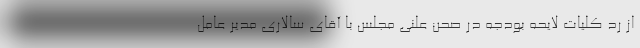
از رد کلیات لایحه بودجه در صحن علنی مجلس با آقای سالاری مدیر عامل